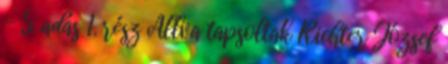
- 5. adás 1. rész Állva tapsoltak Richter József